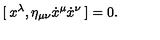
[ \: x ^ { \lambda } , \eta _ { \mu \nu } \dot { x } ^ { \mu } \dot { x } ^ { \nu } \: ] = 0 .